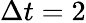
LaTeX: \Delta t=2